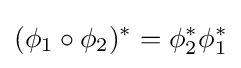
(\phi _{1}\circ \phi _{2})^{*}=\phi _{2}^{*}\phi _{1}^{*}